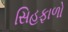
સિહફાળો